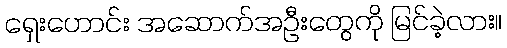
ရှေးဟောင်း အဆောက်အဦးတွေကို မြင်ခဲ့လား။